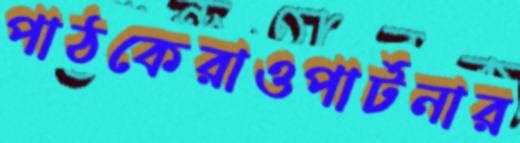
পাঠকেরাওপার্টনার